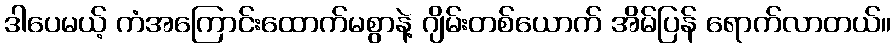
ဒါပေမယ့် ကံအကြောင်းထောက်မစွာနဲ့ ဂျိမ်းတစ်ယောက် အိမ်ပြန် ရောက်လာတယ်။